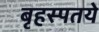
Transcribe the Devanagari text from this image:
बृहस्पतये